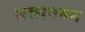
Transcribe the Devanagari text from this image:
जलागमन